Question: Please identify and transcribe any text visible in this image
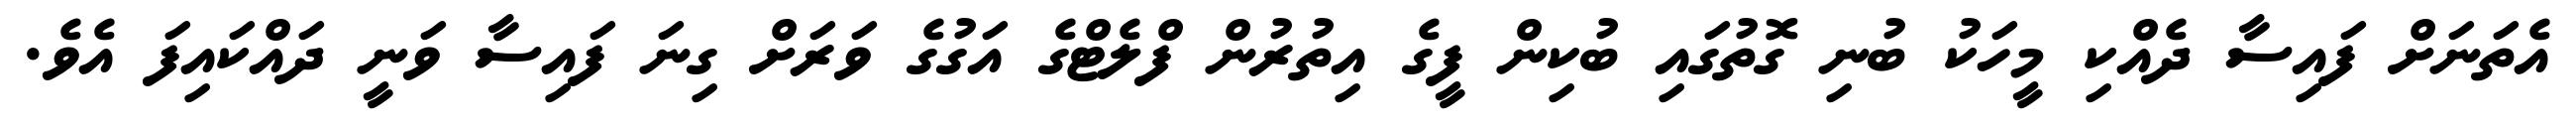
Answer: އެތަނަށް ފައިސާ ދެއްކި މީހަކު ބުނި ގޮތުގައި ބުކިން ފީގެ އިތުރުން ފްލެޓްގެ އަގުގެ ވަރަށް ގިނަ ފައިސާ ވަނީ ދައްކައިފަ އެވެ.